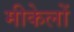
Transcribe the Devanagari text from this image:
मीकेलों